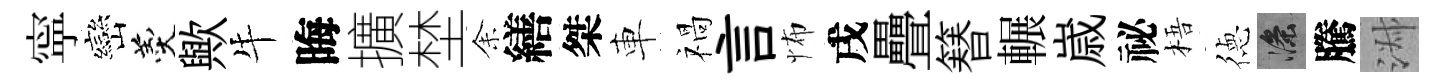
寜巒羹歟牛晦擴埜𪜬繕桀車禍言怖戌疊簮輾𡻕祕梧徳滌騰淑